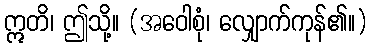
ဣတိ၊ ဤသို့။ (အဝေါစုံ၊ လျှောက်ကုန်၏။)